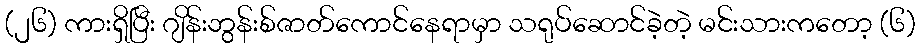
(၂၆) ကားရှိပြီး ဂျိန်းဘွန်းစ်ဇာတ်ကောင်နေရာမှာ သရုပ်ဆောင်ခဲ့တဲ့ မင်းသားကတော့ (၆)